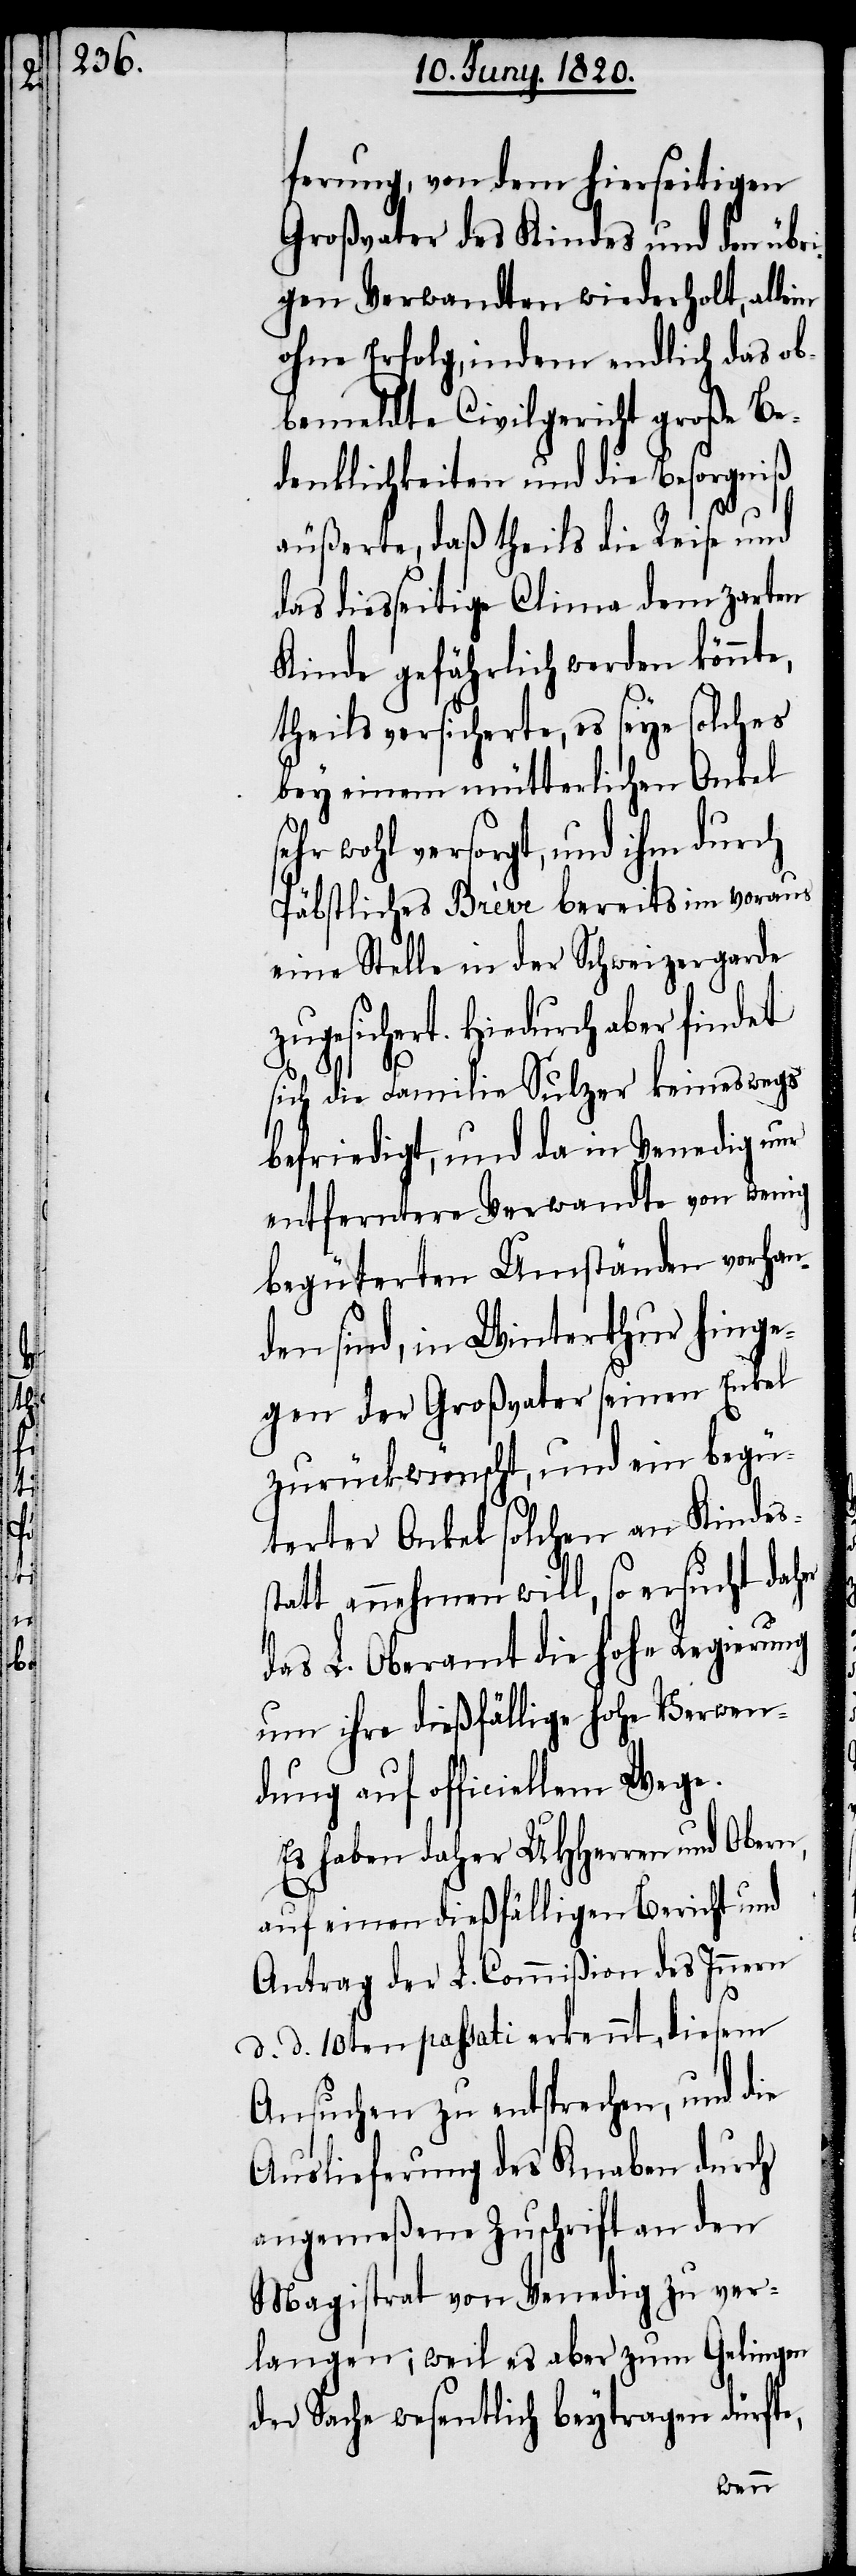
se¬

ferung, von dem hierseitigen
Großvater des Kindes und den übr¬
igen Verwandten wiederholt, allein
ohne Erfolg, indem endlich das ob¬
bemeldte Civilgericht große Be¬
denklichkeiten und die Besorgniß
äußerte, daß theils die Reise und
das diesseitige Clima dem zarten
Kinde gefährlich werden könnte,
theils versicherte, es seye solches
bey einem mütterlichen Onkel
hr wohl versorgt, und ihm durch
Päbstliches Brève bereits im Voraus
eine Stelle in der Schweizergarde
zugesichert. Hiedurch aber findet
sich die Familie Sulzer keineswegs
befriedigt, und da in Venedig um
entferntere Verwandte von wenig
begüterten Umständen vorhan¬
den sind, in Winterthur hinge¬
gen der Großvater seinen Enkel
zurückwünscht, und ein begü¬
terter Onkel solchen an Kindess¬
tatt annehmen will, so ersucht daher
das L. Oberamt die hohe Regierung
um ihre dießfällige hohe Verwen¬
dung auf officiellem Wege.
Es haben daher UHherren und Obern,
auf einen dießfälligen Bericht und
Antrag der L. Commiβion des Innern
d. d. 10ten passati erkennt, diesem
Ansuchen zu entsprechen, und die
Auslieferung des Knaben durch
angemeßene Zuschrift an den
Magistrat von Venedig zu ver¬
langen; weil es aber zum Gelingen
der Sache wesentlich beytragen dürfte,